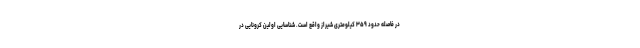
در فاصله حدود ۳۵۹ کیلومتری شیراز واقع است. شناسایی اولین کرونایی در